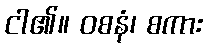
ငါ၏။ ဝစနံ၊ စကား